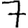
Digit: 7